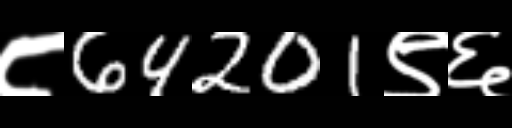
Text: ८64201९६